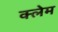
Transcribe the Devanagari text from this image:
क्‍लेम